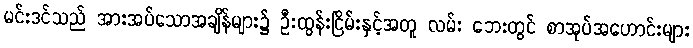
မင်းဒင်သည် အားအပ်သောအချိန်များ၌ ဦးထွန်းငြိမ်းနှင့်အတူ လမ်း ဘေးတွင် စာအုပ်အဟောင်းများ